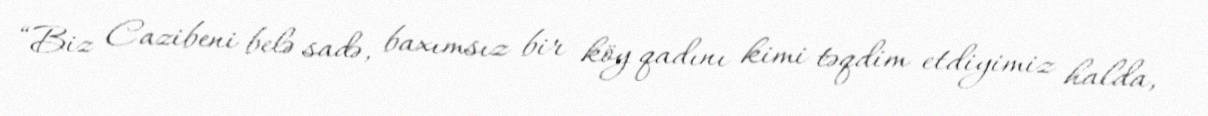
“Biz Cazibeni belə sadə, baxımsız bir köy qadını kimi təqdim etdiyimiz halda,